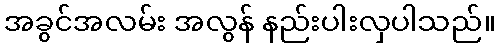
အခွင်အလမ်း အလွန် နည်းပါးလှပါသည်။